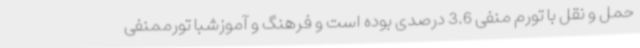
حمل و نقل با تورم منفی 3.6 درصدی بوده است و فرهنگ و آموزشبا تورممنفی